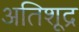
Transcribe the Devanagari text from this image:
अतिशूद्र